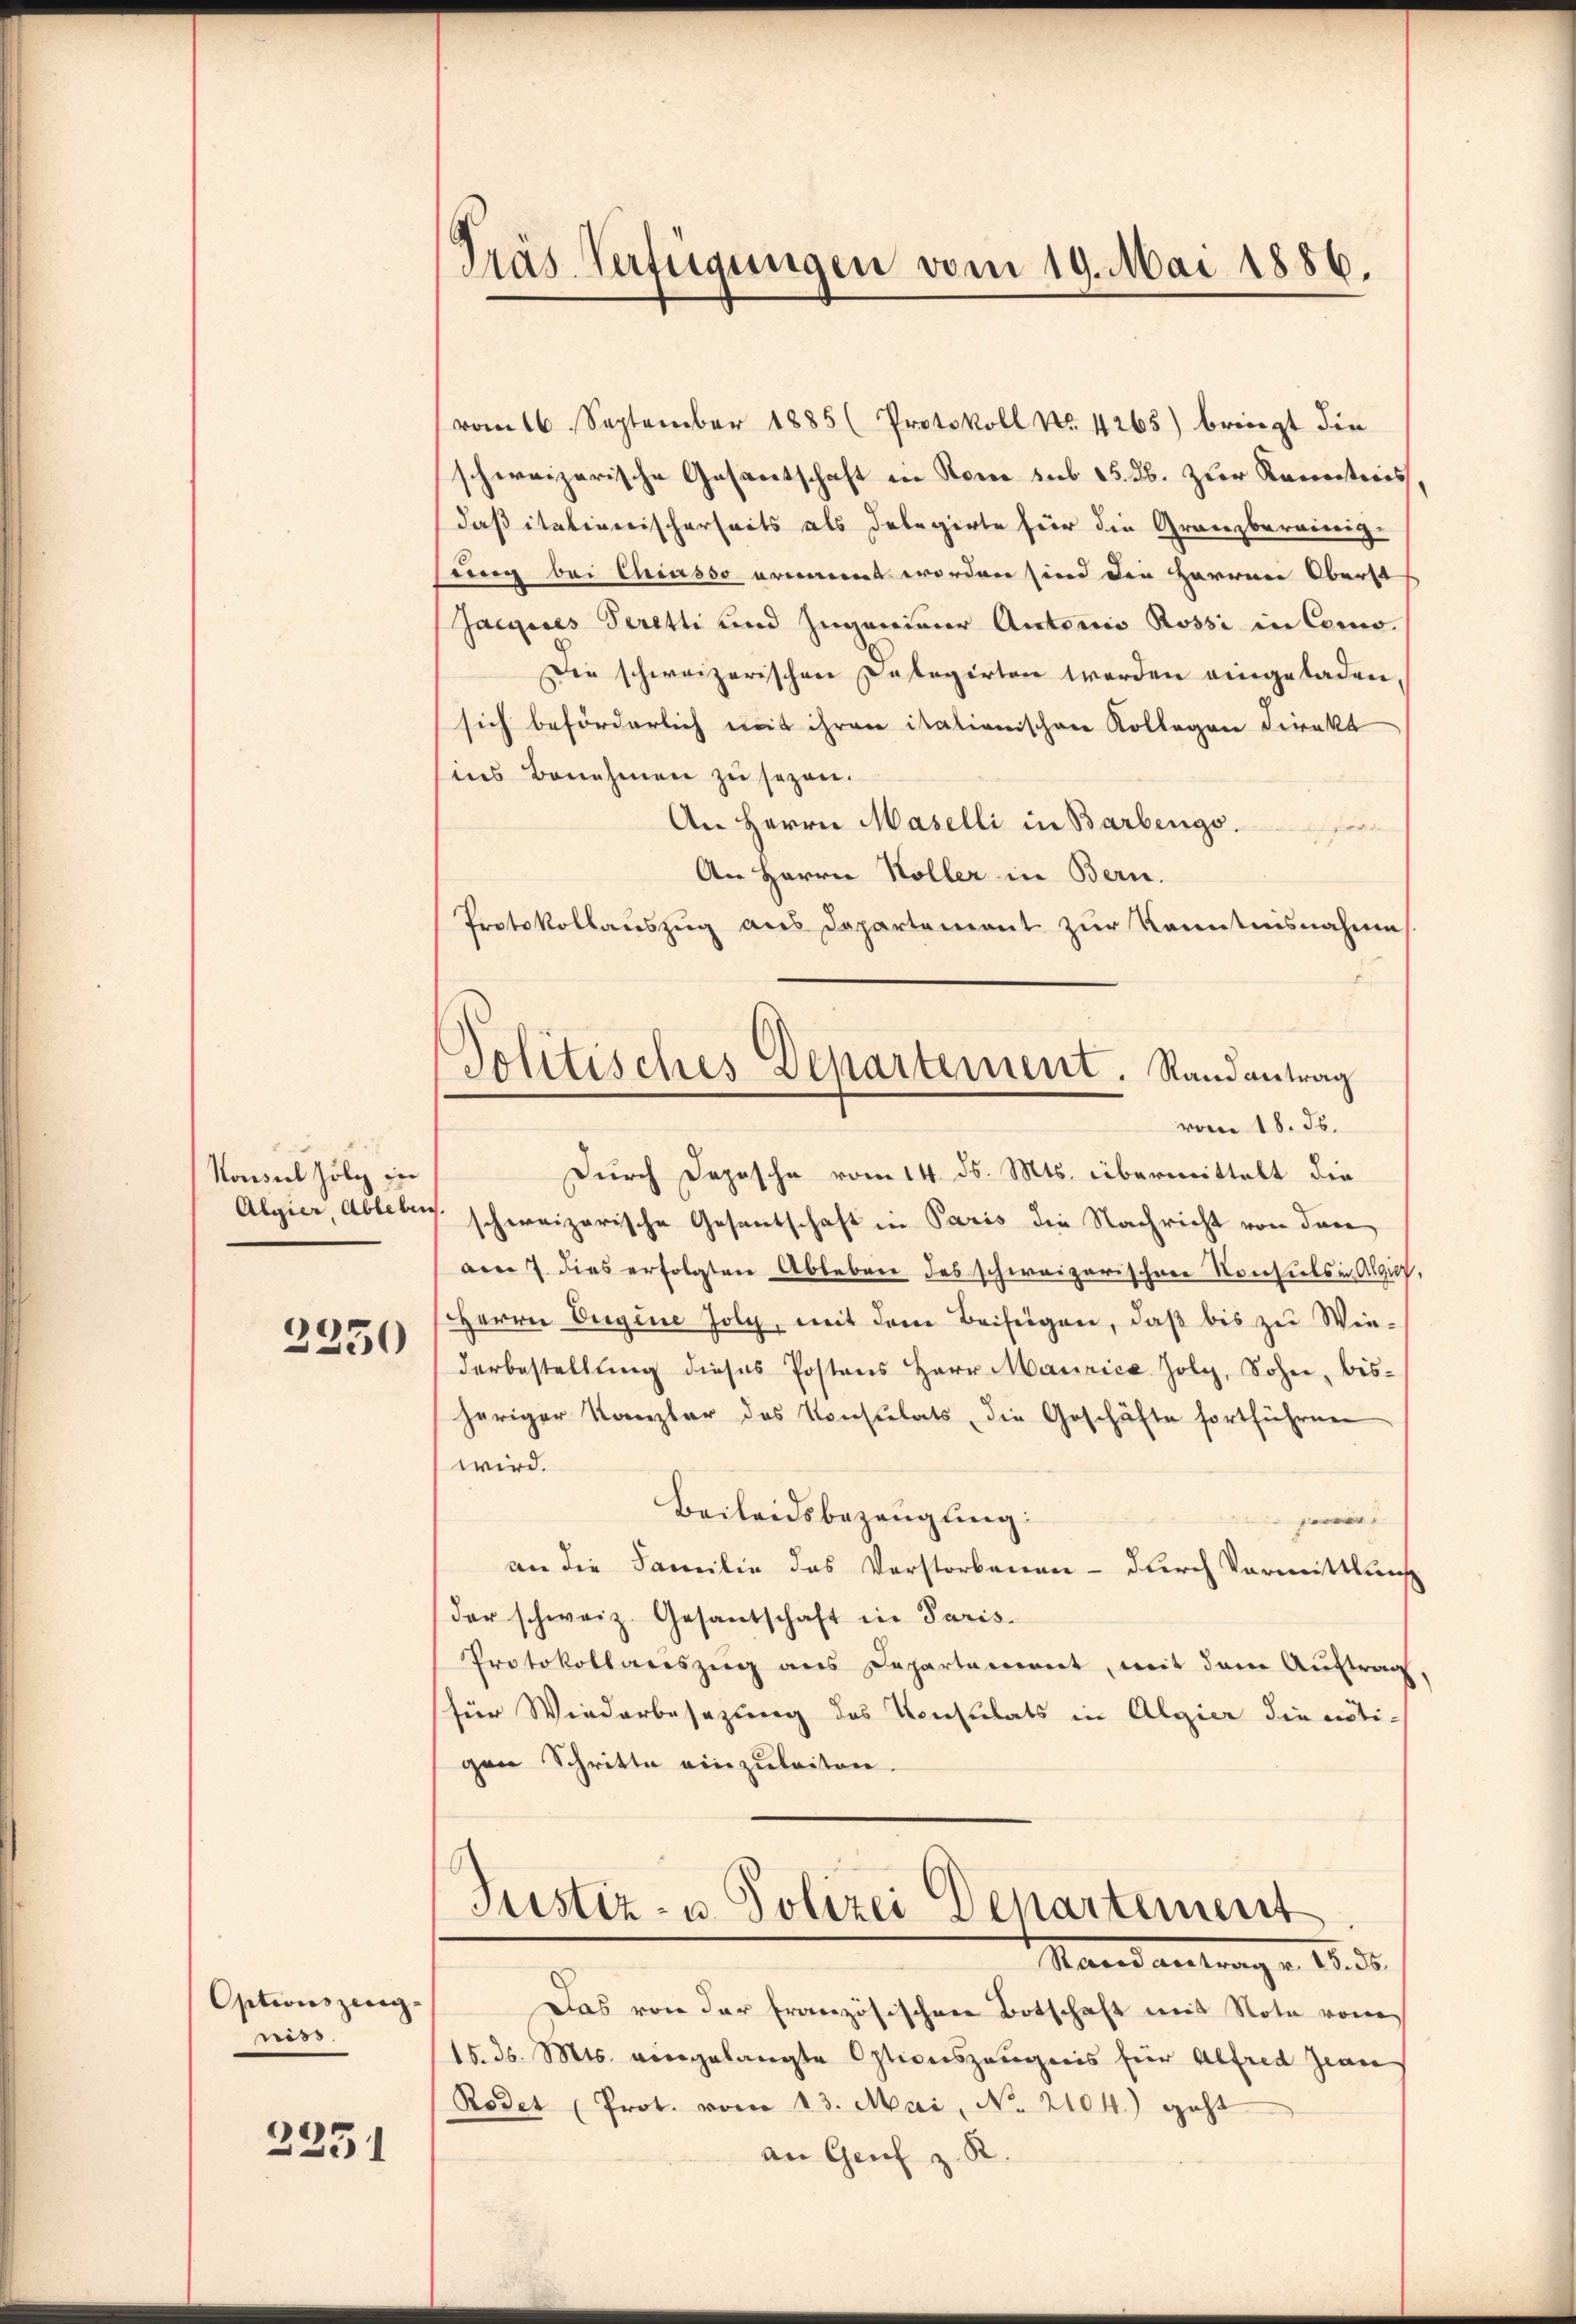
Konsul folg in
3350

Optionszeug.
niss

2251

Pras Verfügungen vom 19. Mai 1886.

Politisches Departement. Randantrag
vom 18. ds.

vom 16. September 1885 (Protokoll No 4265) bringt die
schweizerische Gesantschaft in Rome sub 15. 36. zur Kenntnis
daß italienischerseits als Delegirte für die Granzbereinig-
ung bei Chiasso ernannt worden sind die Herren Oberst
Jaegeres Seretti und Zuganier Autoris Rossi in Como¬
Die schweizerischen Delegirten werden eingeladen
sich beförderlich mit ihren itationischen Kollegen Direkt
ins Benehmen zu sezen.
An Herrn Maselli in Barbergs.
let gerichten |
An Herrn Koller in Bern.
Protokollauszug aus Departement zur Kenntnisnahme
Durch Depesche vom 14. ds. Mts. übermittelt die
Algier, Ablebens schweizerische Gesantschaft in Paris die Nachricht von der
am 7. dies erfolgten Ableben des schweizerischen Konsiehs in Algie,
HHerrn Origine Joly, mit dem Beifügen, daß bis zu Winderbestellung dieses Postens Herr Maurice Zoly, Sohn, bisheriger Kanzler des Konsulats, die Geschäfte fortführen
wird.
Beileidsbezeugung.
per
an die Familie das Verstorbenen - durch Vormittlung
der schweiz. Gesantschaft in Paris
Protokollanszŭg ans Departement, mit dem Auftrag,
für Wiederbesezung des Konsulats in Algier die nötigen Schritte einzuleiten.
Justiz- u. Polizei Departement
Manes vertung v. 18. d.
Das von der Französischen Botschaft mit Note vom
15. d. Mts. eingelangte Optionszeugnis für Alfred Jean
Rodet (Prot. vom 13. Mai, No. 2104) geht
an Genf z. B.